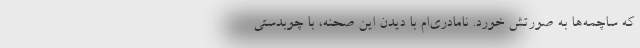
که ساچمه‌ها به صورتش خورد. نامادری‌ام با دیدن این صحنه، با چوبدستی